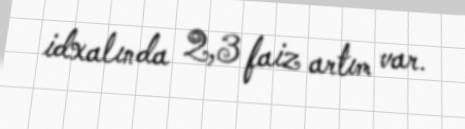
idxalında 2,3 faiz artım var.